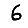
Digit: 6